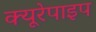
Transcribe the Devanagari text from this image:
क्यूरेपाइप